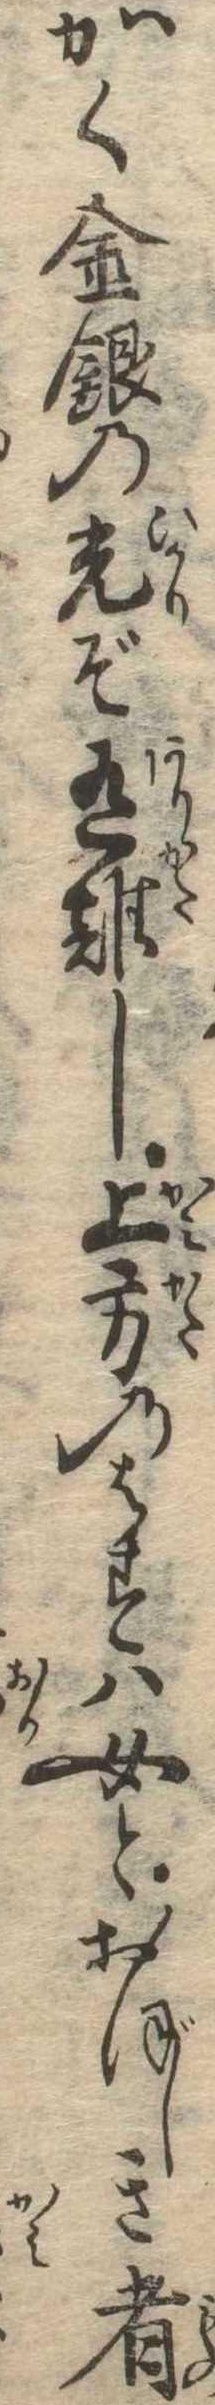
かく金銀の光ぞ有難し上方のはすは女とおぼしき者